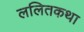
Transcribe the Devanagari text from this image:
ललितकथा